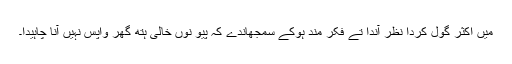
میں اکثر گول کردا نظر آندا تے فکر مند ہوکے سمجھاندے کہ پیو نوں خالی ہتھ گھر واپس نہیں آنا چاہیدا۔